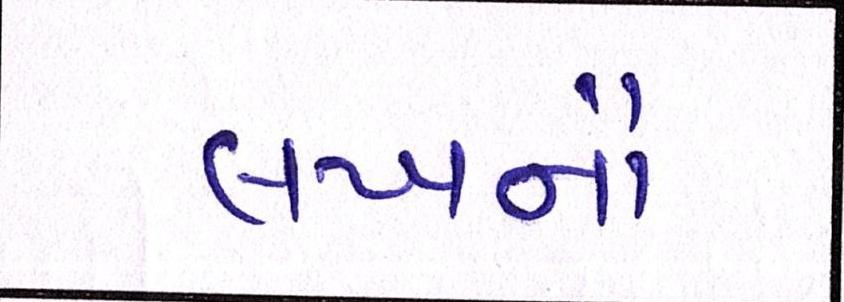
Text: લખનૌ